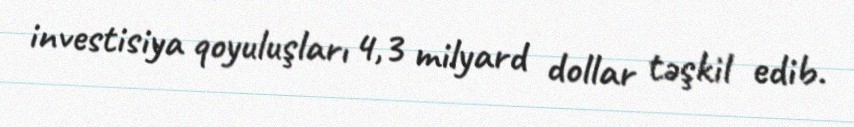
investisiya qoyuluşları 4,3 milyard dollar təşkil edib.